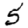
Digit: 5